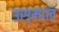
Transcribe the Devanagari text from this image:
उस्‍मान